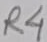
Text: R4